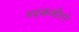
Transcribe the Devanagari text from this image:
पदकजीतने